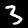
Label: 3